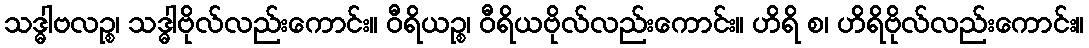
သဒ္ဓါဗလဉ္စ၊ သဒ္ဓါဗိုလ်လည်းကောင်း။ ဝီရိယဉ္စ၊ ဝီရိယဗိုလ်လည်းကောင်း။ ဟိရိ စ၊ ဟိရိဗိုလ်လည်းကောင်း။